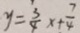
y = \frac { 3 } { 4 } x + \frac { 7 } { 4 }